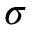
\sigma